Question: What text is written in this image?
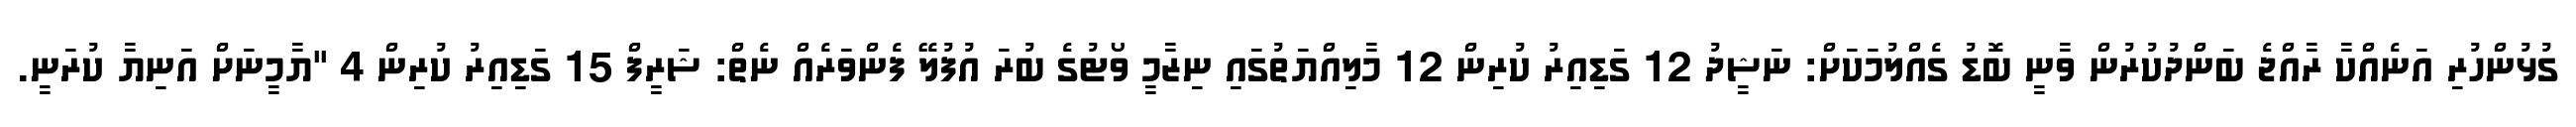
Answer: ގުޅުންހުރި އަނެއްކާ ރާއްޖެ ބަންދުކުރުން ވާނީ ބޮޑު ގެއްލުމަކަށް: ނަޝީދު 12 ގަޑިއިރު ކުރިން 12 މާލިއްޔަތުގައި ނިޒާމީ ވޯޓުގެ ބުރަ އުފުލޭ ފެންވަރެއް ނެތް: ޝަރީފް 15 ގަޑިއިރު ކުރިން 4 "ޔާމީނަށް އަނިޔާ ކުރަނީ.